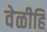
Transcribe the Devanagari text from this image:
वेळीहि